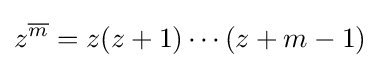
z^{\overline {m}}=z(z+1)\cdots (z+m-1)